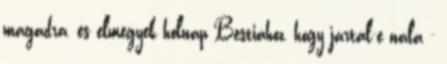
magadra, és elmegyek holnap Bestiához, hogy jártál-e nála -